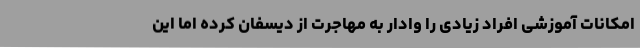
امکانات آموزشی افراد زیادی را وادار به مهاجرت از دیسفان کرده اما این